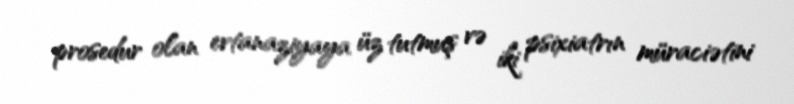
prosedur olan evtanaziyaya üz tutmuş və iki psixiatrın müraciətini